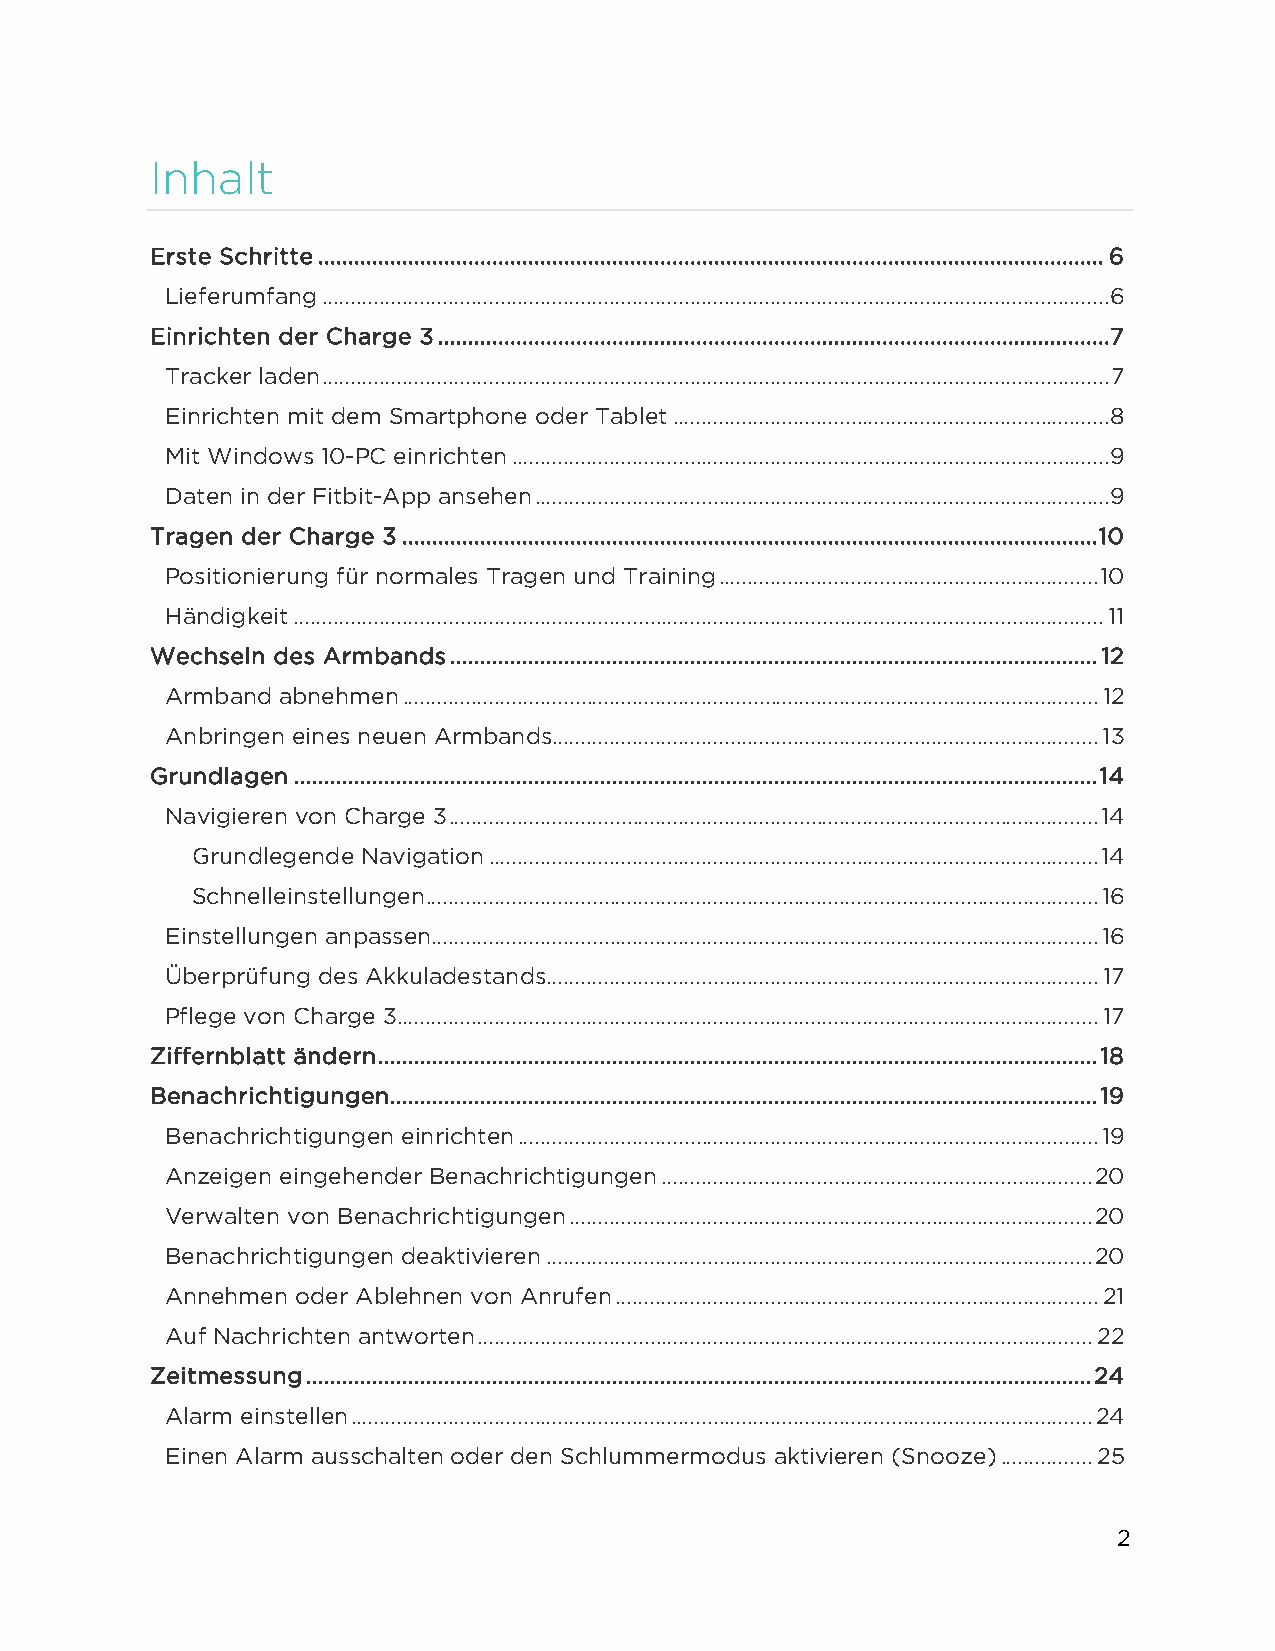
Inhalt
 Erste Schritte ................................................................................................................................... 6
 Lieferumfang .........................................................................................................................................6
 Einrichten der Charge 3 ................................................................................................................ 7
 Tracker laden ......................................................................................................................................... 7
 Einrichten mit dem Smartphone oder Tablet ............................................................................ 8
 Mit Windows 10-PC einrichten ........................................................................................................9
 Daten in der Fitbit-App ansehen ....................................................................................................9
 Tragen der Charge 3 .................................................................................................................... 10
 Positionierung für normales Tragen und Training .................................................................. 10
 Händigkeit ............................................................................................................................................. 11
 Wechseln des Armbands ............................................................................................................ 12
 Armband abnehmen ......................................................................................................................... 12
 Anbringen eines neuen Armbands............................................................................................... 13
 Grundlagen ...................................................................................................................................... 14
 Navigieren von Charge 3 ................................................................................................................. 14
 Grundlegende Navigation .......................................................................................................... 14
 Schnelleinstellungen ..................................................................................................................... 16
 Einstellungen anpassen .................................................................................................................... 16
 Überprüfung des Akkuladestands ................................................................................................ 17
 Pflege von Charge 3 .......................................................................................................................... 17
 Ziffernblatt ändern ........................................................................................................................ 18
 Benachrichtigungen...................................................................................................................... 19
 Benachrichtigungen einrichten ..................................................................................................... 19
 Anzeigen eingehender Benachrichtigungen ........................................................................... 20
 Verwalten von Benachrichtigungen ........................................................................................... 20
 Benachrichtigungen deaktivieren ............................................................................................... 20
 Annehmen oder Ablehnen von Anrufen .................................................................................... 21
 Auf Nachrichten antworten ........................................................................................................... 22
 Zeitmessung ................................................................................................................................... 24
 Alarm einstellen ................................................................................................................................. 24
 Einen Alarm ausschalten oder den Schlummermodus aktivieren (Snooze) ................ 25
 2